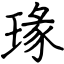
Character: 瑑